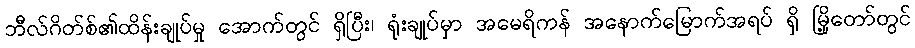
ဘီလ်ဂိတ်စ်၏ထိန်းချုပ်မှု အောက်တွင် ရှိပြီး၊ ရုံးချုပ်မှာ အမေရိကန် အနောက်မြောက်အရပ် ရှိ မြို့တော်တွင်